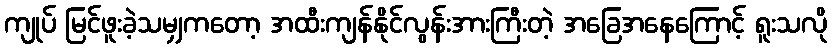
ကျုပ် မြင်ဖူးခဲ့သမျှကတော့ အထီးကျန်နိုင်လွန်းအားကြီးတဲ့ အခြေအနေကြောင့် ရူးသလို